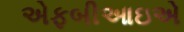
એફબીઆઇએ